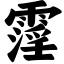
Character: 霪